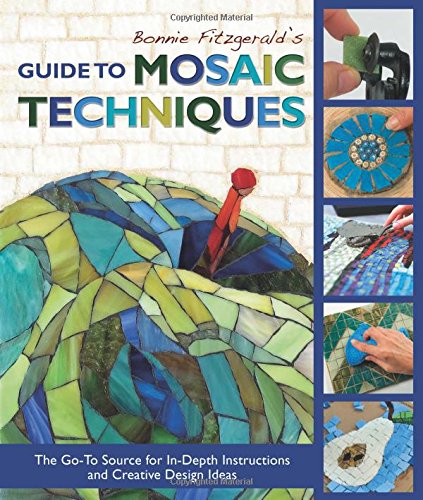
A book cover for Bonnie Fitzgerald's Guide to Mosaic Techniques: The Go-To Source for In-Depth Instructions and Creative Design Ideas; Bonnie Fitzgerald; Crafts, Hobbies & Home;